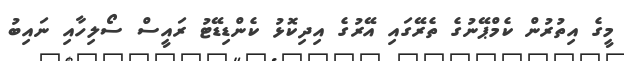
މީގެ އިތުރުން ކެމްޕޭނުގެ ތެރޭގައި އޭރުގެ އިދިކޮޅު ކެންޑިޑޭޓު ރައީސް ސޯލިހާއި ނައިބު